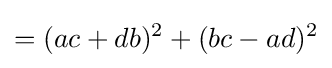
=(ac+db)^{2}+(bc-ad)^{2}